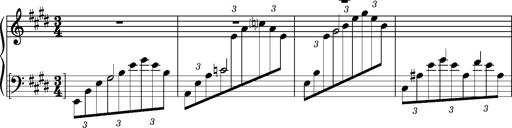
Title: PrÃ©ludes et Harmonies poÃ©tiques et religieuses
Composer: Franz Liszt